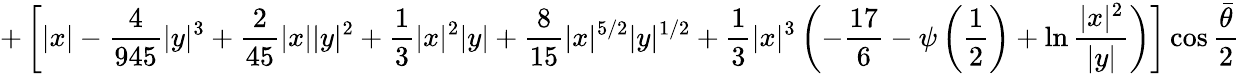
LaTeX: +\left[|x|-{\frac{4}{945}}|y|^{3}+{\frac{2}{45}}|x||y|^{2}+{\frac{1}{3}}|x|^{2}|y|+{\frac{8}{15}}|x|^{5/2}|y|^{1/2}+{\frac{1}{3}}|x|^{3}\left(-{\frac{17}{6}}-\psi\left(\frac{1}{2}\right)+\ln{\frac{|x|^{2}}{|y|}}\right)\right]\cos{\frac{\bar{\theta}}{2}}